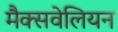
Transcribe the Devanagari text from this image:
मैक्सवेलियन